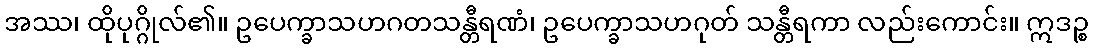
အဿ၊ ထိုပုဂ္ဂိုလ်၏။ ဥပေက္ခာသဟဂတသန္တီရဏံ၊ ဥပေက္ခာသဟဂုတ် သန္တီရကာ လည်းကောင်း။ ဣဒဉ္စ